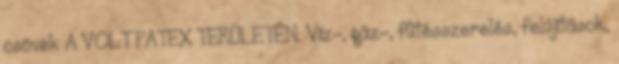
csövek A VOLT PATEX TERÜLETÉN. Víz-, gáz-, fûtésszerelés, felújítások,